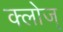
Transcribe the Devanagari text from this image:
क्लोज्